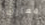
معارك